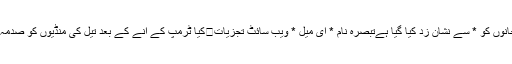
ضروری خانوں کو * سے نشان زد کیا گیا ہےتبصرہ نام * ای میل * ویب‌ سائٹ تجزیات	کیا ٹرمپ کے آنے کے بعد تیل کی منڈیوں کو صدمہ پہنچے گا؟